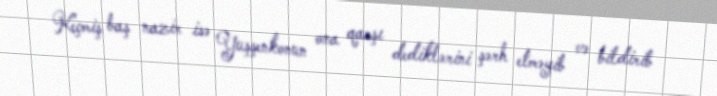
Keçmiş baş nazir isə Yuşşenkonun ona qarşı dediklərini şərh etməyib və bildirib